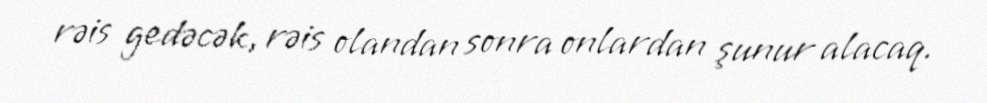
rəis gedəcək, rəis olandan sonra onlardan şunur alacaq.